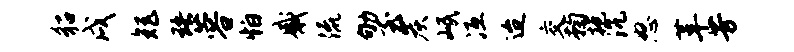
貂戌矩珞蓉怕感流劬至炭岷冱迨交鞠抱沉怒革芳